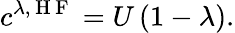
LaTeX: c^{\lambda,\mathrm{~H~F~}}=U\left(1-\lambda\right).